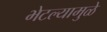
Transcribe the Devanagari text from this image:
भेटल्यामुळे